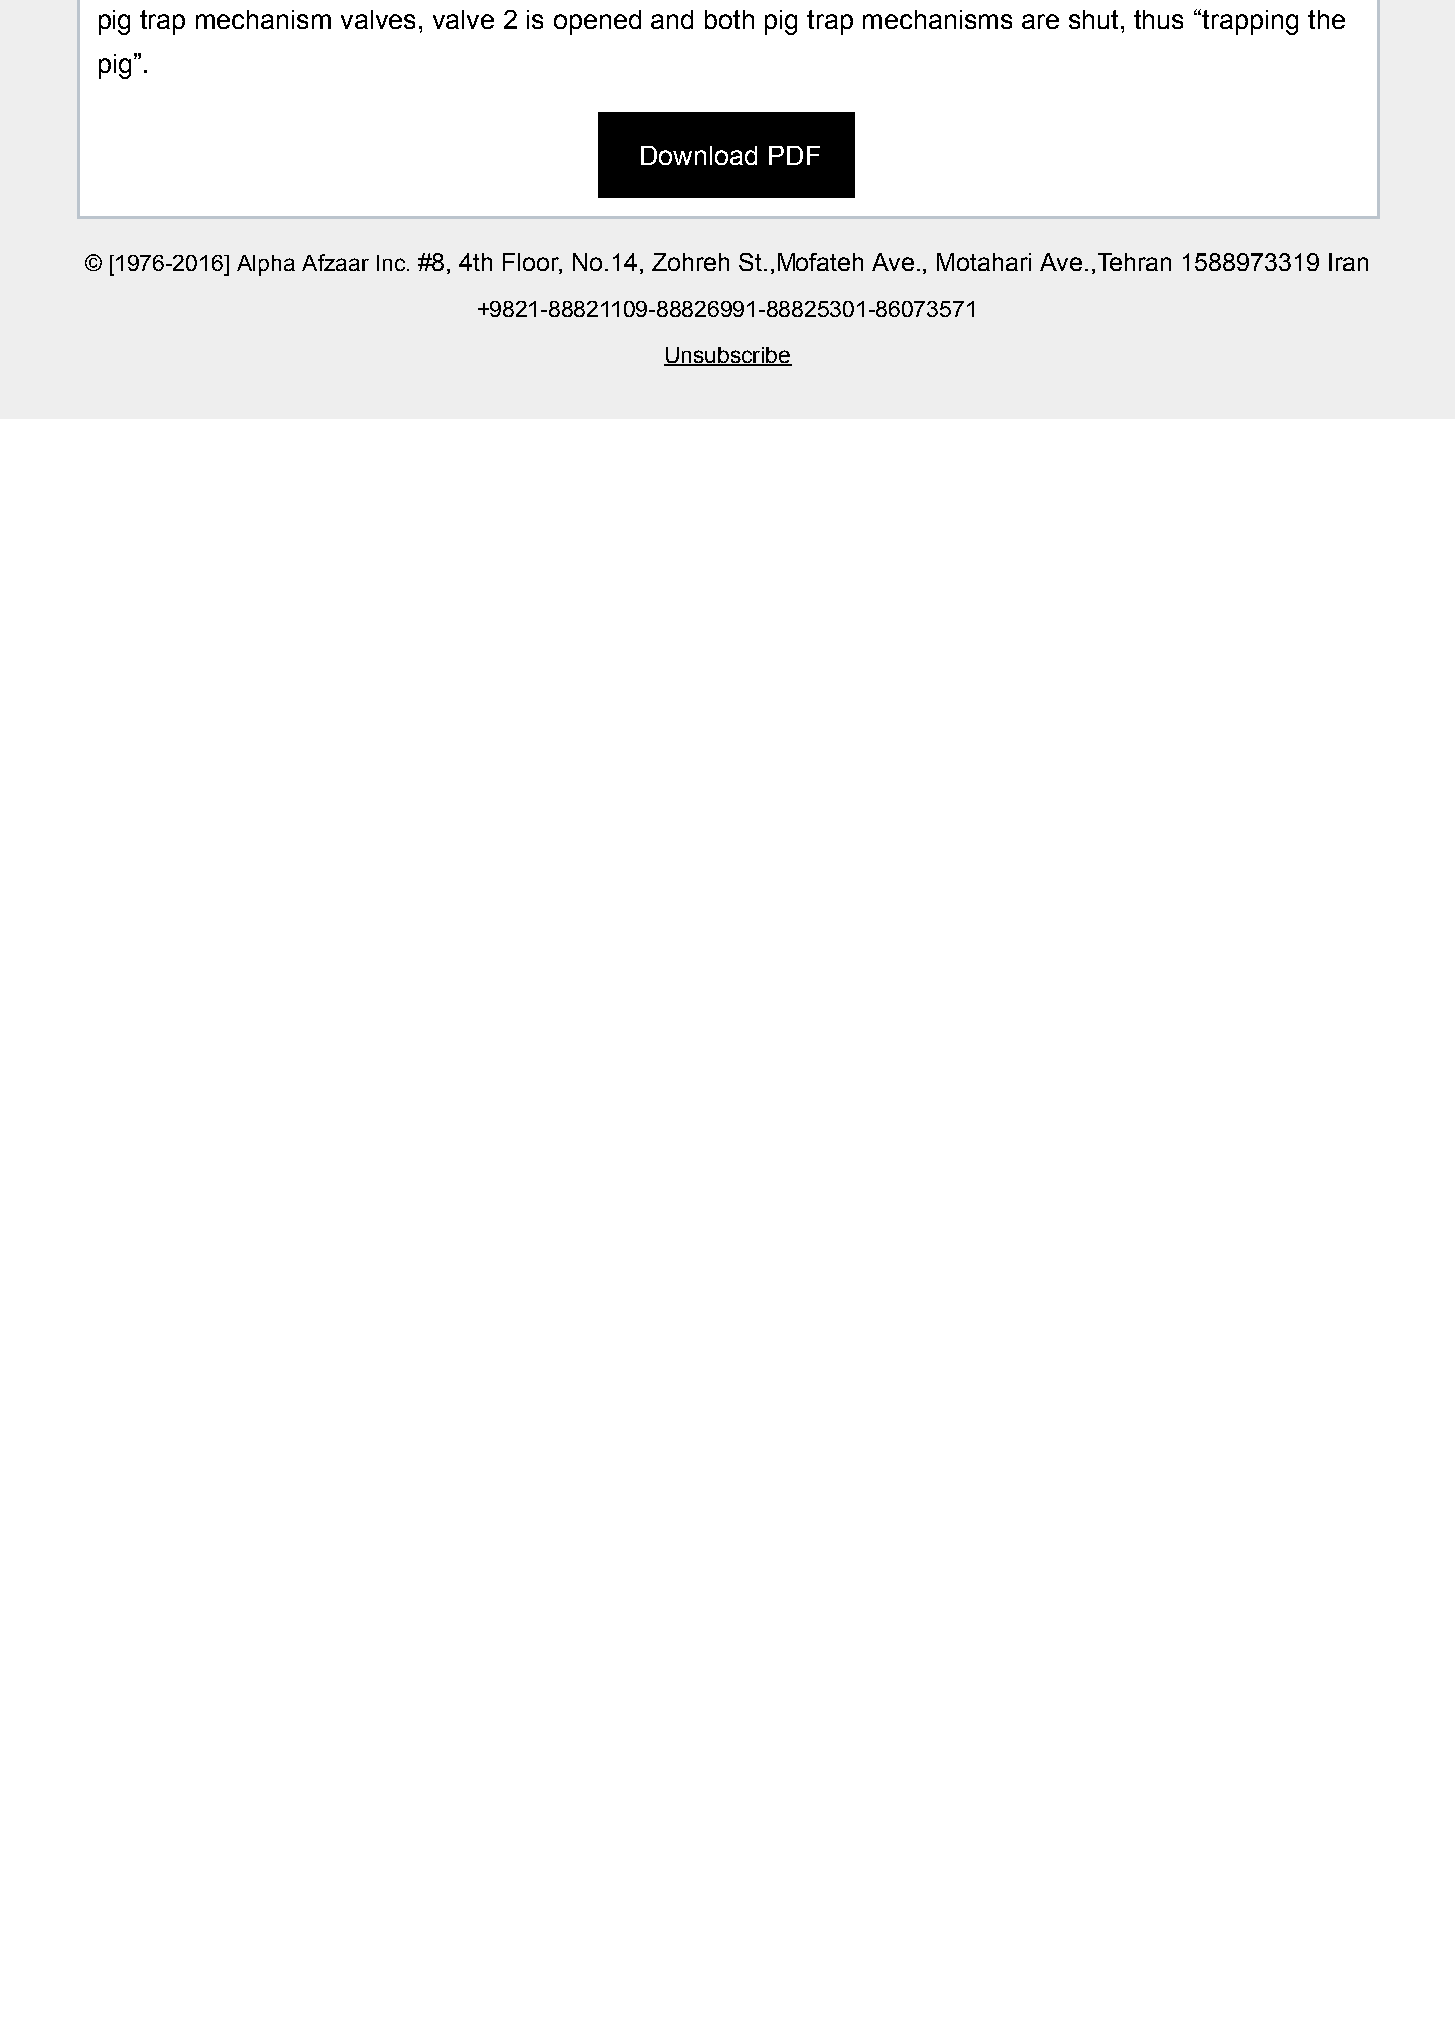
pig trap mechanism valves, valve 2 is opened and both pig trap mechanisms are shut, thus “trapping the
 pig”.
 Download PDF
 © [1976-2016] Alpha Afzaar Inc. #8, 4th Floor, No.14, Zohreh St.,Mofateh Ave., Motahari Ave.,Tehran 1588973319 Iran
 +9821-88821109-88826991-88825301-86073571
 Unsubscribe